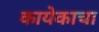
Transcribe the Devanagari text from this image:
कायेकाचा